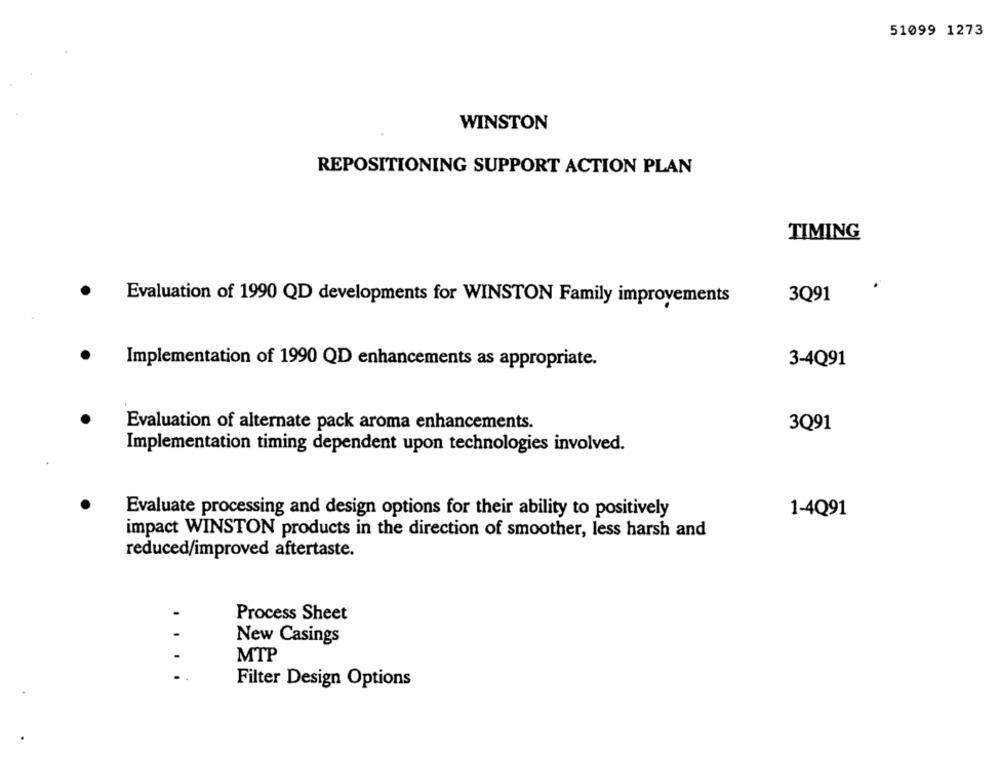
51099 1273
WINSTON
REPOSITIONING SUPPORT ACTION PLAN
TIMING
3Q91
Evaluation of 1990 QD developments for WINSTON Family improvements
Implementation of 1990 QD enhancements as appropriate.
3-4Q91
Evaluation of alternate pack aroma enhancements.
3Q91
Implementation timing dependent upon technologies involved.
Evaluate processing and design options for their ability to positively
1-4Q91
impact WINSTON products in the direction of smoother, less harsh and
reduced/improved aftertaste.
Process Sheet
New Casings
MTP
Filter Design Options